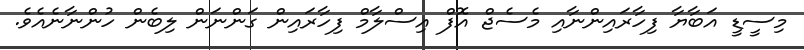
މިސީޑީ އަބާޔާ ފިހާރައިންނާއި މެސެޖް އޮފް އިސްލާމް ފިހާރައިން ގަންނަން ލިބެން ހުންނާނެއެވެ.